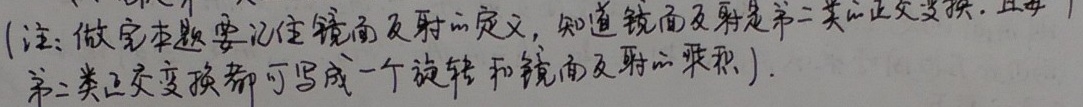
(注:做完本题要记住镜面反射的定义，知道镜面反射是第二类的正交变换. 且每
第二类正交变换都可写成一个旋转和镜面反射的乘积).